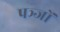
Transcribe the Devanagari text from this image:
पञ्जों